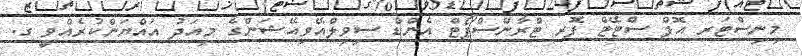
މިނިސްޓަރ އޮފް ސްޓޭޓް ފޮރ ޓްރާންސްޕޯޓް އެންޑް ސިވިލްއޭވިއޭޝަންގެ މިއަދު އައްޔަންކުރެއްވީ ގ.